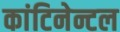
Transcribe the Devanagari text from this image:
कांटिनेन्टल